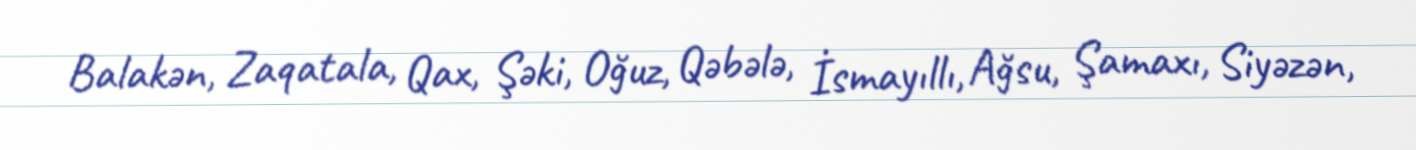
Balakən, Zaqatala, Qax, Şəki, Oğuz, Qəbələ, İsmayıllı, Ağsu, Şamaxı, Siyəzən,